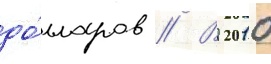
до́лларов // В 2010